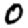
Digit: 0